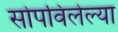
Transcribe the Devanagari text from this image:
सोपविलेल्या